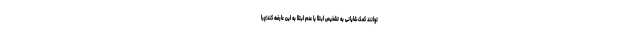
توانند کمک شایانی به تشخیص ابتلا یا عدم ابتلا به این عارضه کند؛چرا